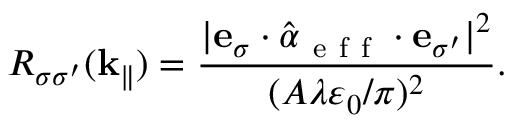
R _ { \sigma \sigma ^ { \prime } } ( \mathbf { k } _ { \| } ) = \frac { | \mathbf { e } _ { \sigma } \cdot \hat { \boldsymbol { \alpha } } _ { \mathrm { ~ e ~ f ~ f ~ } } \cdot \mathbf { e } _ { \sigma ^ { \prime } } | ^ { 2 } } { ( A \lambda \varepsilon _ { 0 } / \pi ) ^ { 2 } } .